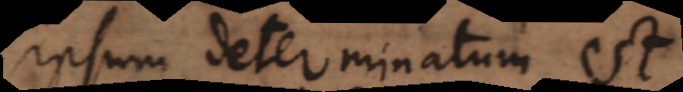
ipsum determinatum est,